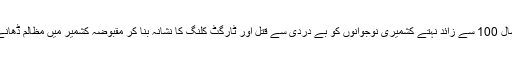
بھارتی حکومت نے گزشتہ سال 100 سے زائد نہتے کشمیری نوجوانوں کو بے دردی سے قتل اور ٹارگٹ کلنگ کا نشانہ بنا کر مقبوضہ کشمیر میں مظالم ڈھانے کا اپنا ریکارڈ توڑ ڈالا ہے۔